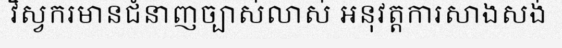
វិស្វករមានជំនាញច្បាស់លាស់ អនុវត្តការសាងសង់